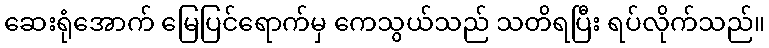
ဆေးရုံအောက် မြေပြင်ရောက်မှ ကေသွယ်သည် သတိရပြီး ရပ်လိုက်သည်။